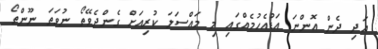
އަދި ދެން އޮންނަ އަޑުއެހުމެއްގައި މި މައްސަލަ ކުރިއަށް ގެންދެވޭތޯ ނުވަތަ ނޫންތޯ